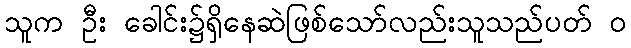
သူက ဦး ခေါင်း၌ရှိနေဆဲဖြစ်သော်လည်းသူသည်ပတ် ၀